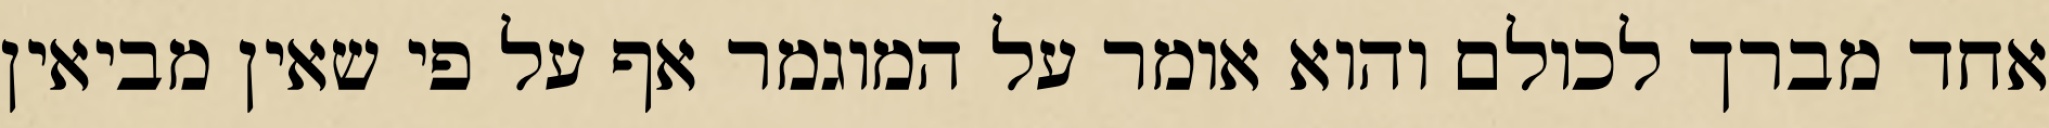
אחד מברך לכולם והוא אומר על המוגמר אף על פי שאין מביאין